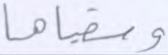
وسقياها